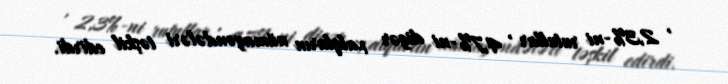
, 2,3%-ni rutullar , 4,7%-ni digər xalqların nümayəndələri təşkil edirdi.